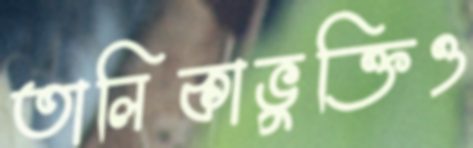
তালিকাভুক্তিও